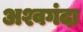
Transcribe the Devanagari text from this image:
अश्वगंदा